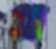
গ্ল